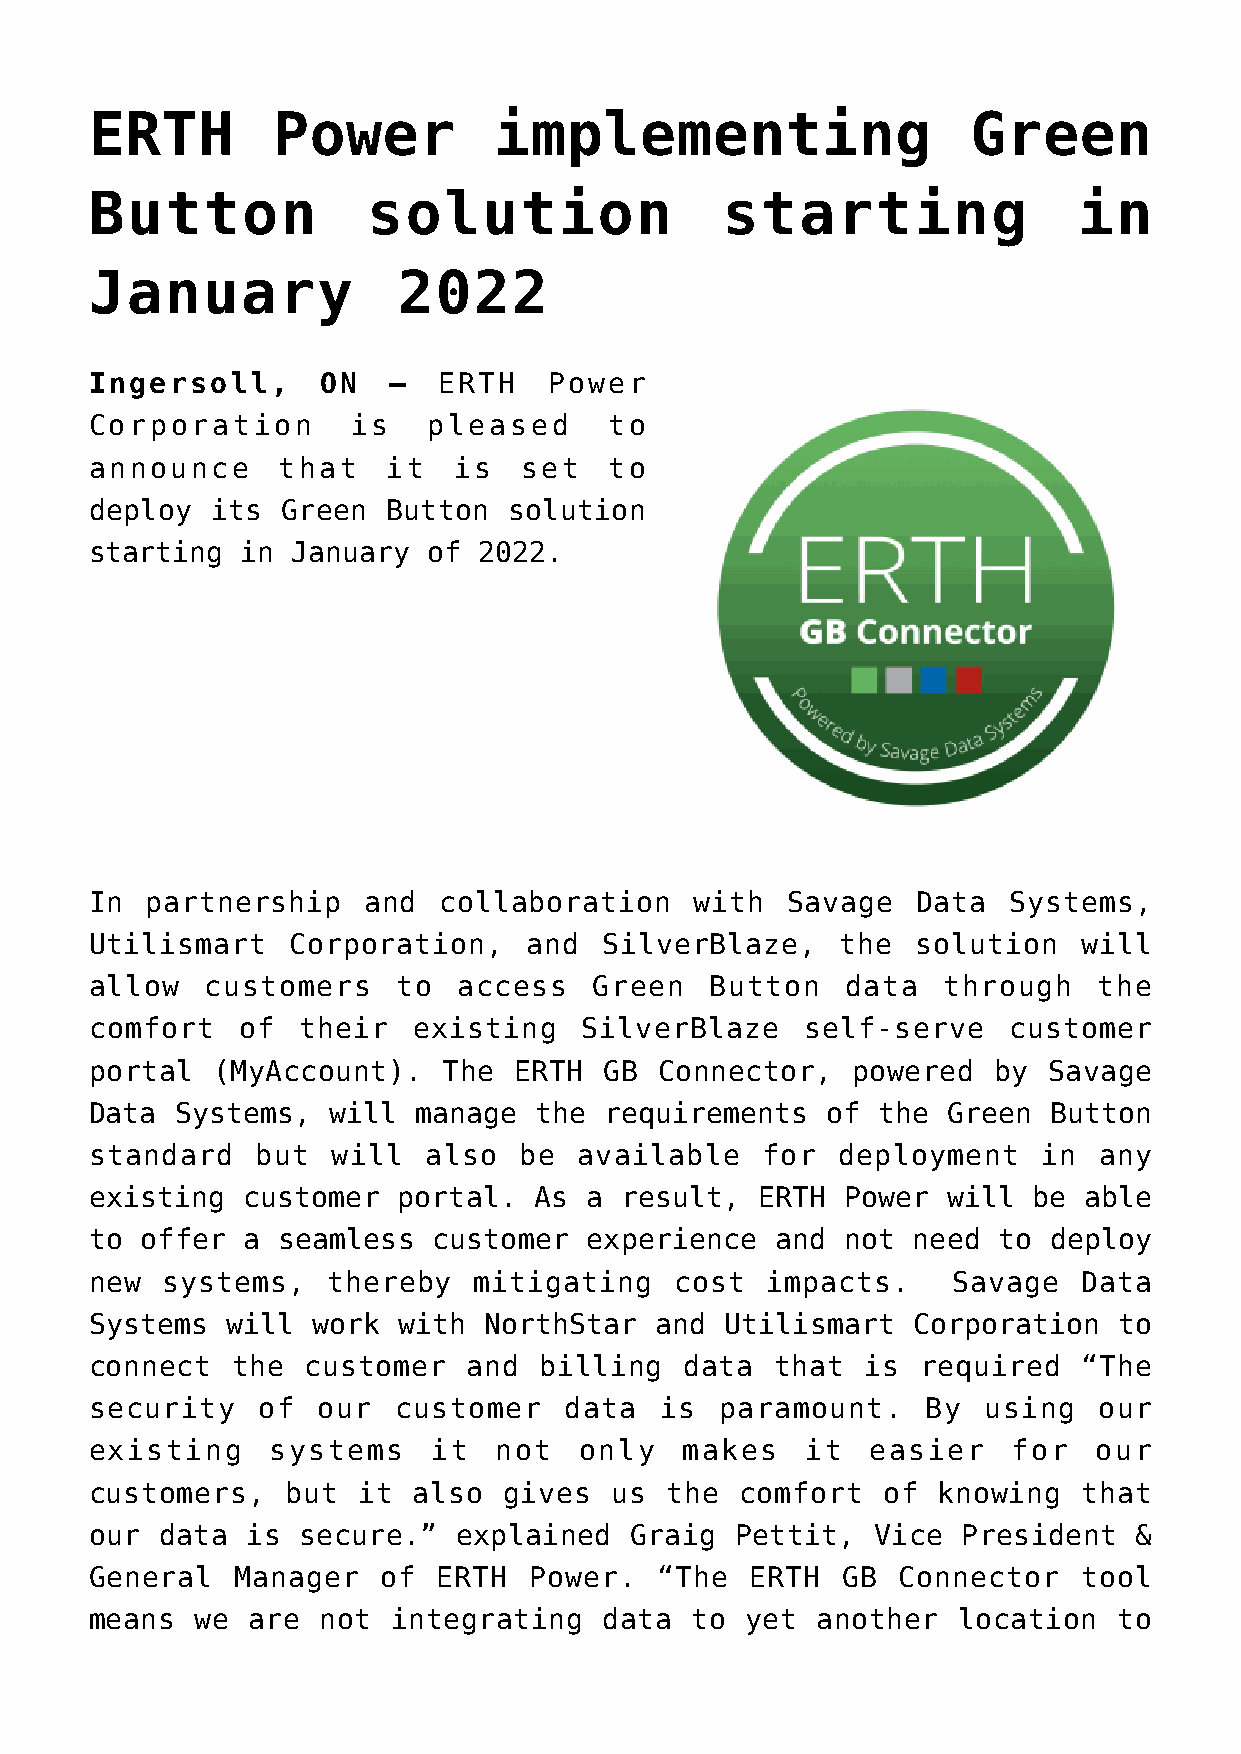
ERTH        Power          implementing                   Green
 Button            solution                starting               in
 January             2022
 Ingersoll,     ON   –  ERTH   Power
 Corporation      is   pleased     to
 announce    that    it  is  set   to
 deploy  its  Green  Button  solution
 starting  in January  of  2022.
 In  partnership   and  collaboration    with  Savage   Data  Systems,
 Utilismart   Corporation,    and  SilverBlaze,    the  solution   will
 allow   customers   to  access   Green   Button   data  through    the
 comfort   of  their  existing   SilverBlaze    self-serve    customer
 portal  (MyAccount).   The  ERTH  GB  Connector,  powered   by Savage
 Data  Systems,  will manage  the  requirements   of the  Green Button
 standard   but  will  also  be  available   for  deployment    in  any
 existing  customer  portal.  As  a result,  ERTH  Power  will be  able
 to offer  a seamless   customer  experience  and  not need  to deploy
 new  systems,   thereby  mitigating    cost  impacts.    Savage   Data
 Systems  will  work with  NorthStar  and  Utilismart  Corporation   to
 connect  the  customer   and  billing  data  that  is  required   “The
 security   of  our  customer   data   is  paramount.   By  using   our
 existing    systems    it  not  only   makes   it   easier   for   our
 customers,   but  it also  gives  us  the  comfort  of  knowing   that
 our  data is  secure.”  explained   Graig  Pettit,  Vice  President  &
 General   Manager  of  ERTH  Power.   “The  ERTH  GB Connector    tool
 means  we are  not  integrating   data  to yet  another  location   to